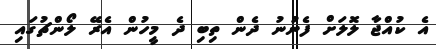
އެ ކުއްޖާ ލޮލަށް ފެނުނު ދެން ތިބި ދެ މީހުން އެރޭ ލޯންޗުގައި